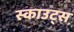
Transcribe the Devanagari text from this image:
स्‍काउट्स